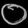
Digit: ၀